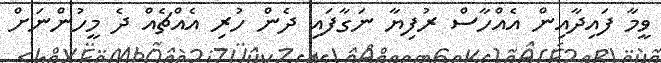
ވީމާ ފައިދާއިން އެއްހާސް ރުފިޔާ ނަގާފައި ދެން ހުރި އެއްޗެއް ދެ މީހުންނަށް